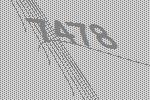
7478